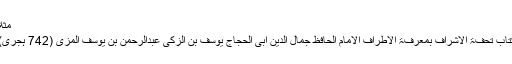
مثلاً
کتاب تحفۃ الاشراف بمعرفۃ الاطراف الامام الحافظ جمال الدین ابی الحجاج یوسف بن الزکی عبدالرحمن بن یوسف المزی (742 ہجری)۔